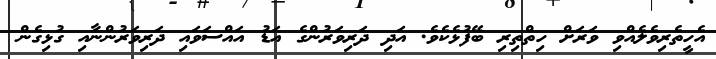
އެހީތެރިވެލެއްވި ވަރަށް ހިތްތިރި ބޭފުޅެކެވެ. އަދި ދަރިވަރުންގެ އަޑު އައްސަވައި ދަރިވަރުންނާއި ގުޅިގެން